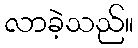
လာခဲ့သည်။